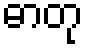
ဓာတု